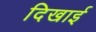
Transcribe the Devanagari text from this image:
दिखार्इ